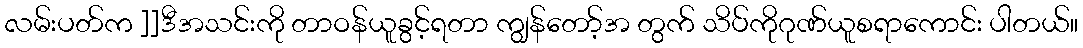
လမ်းပတ်က ]]ဒီအသင်းကို တာဝန်ယူခွင့်ရတာ ကျွန်တော့်အ တွက် သိပ်ကိုဂုဏ်ယူစရာကောင်း ပါတယ်။